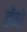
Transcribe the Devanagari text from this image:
होंगो